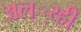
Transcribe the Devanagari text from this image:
अल््य्ही